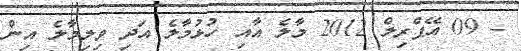
- 09 އޭޕްރިލް 2012 މާލެ އާއި ހުޅުމާލެ އަދި ވިލިމާލެ އިން